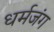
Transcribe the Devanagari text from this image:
धर्मजंग